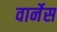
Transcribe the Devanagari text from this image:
वार्नेस